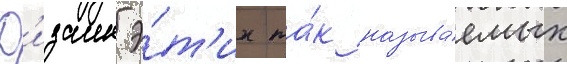
Д'изаин э́т'их та́к называ́емых